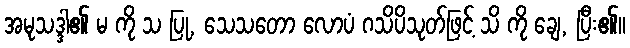
အမုသဒ္ဒါ၏ မ ကို သ ပြု, သေသတော လောပံ ဂသိပိသုတ်ဖြင့် သိ ကို ချေ, ပြီး၏။